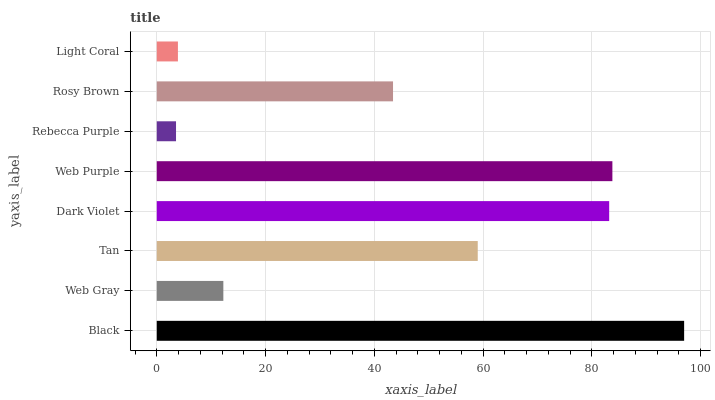
| yaxis_label | bars |
 | --- | --- |
 | Black | 97 |
 | Web Gray | 12.2 |
 | Tan | 59 |
 | Dark Violet | 83.2 |
 | Web Purple | 83.8 |
 | Rebecca Purple | 3.54 |
 | Rosy Brown | 43.4 |
 | Light Coral | 3.89 |